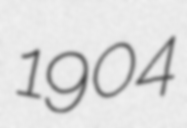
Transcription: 1904